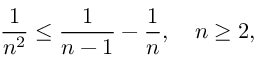
{ \frac { 1 } { n ^ { 2 } } } \leq { \frac { 1 } { n - 1 } } - { \frac { 1 } { n } } , \quad n \geq 2 ,